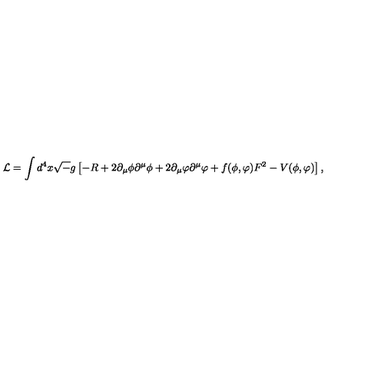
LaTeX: { \cal L } = \int d ^ { 4 } x { \sqrt - g } \left[ - R + 2 \partial _ { \mu } \phi \partial ^ { \mu } \phi + 2 \partial _ { \mu } \varphi \partial ^ { \mu } \varphi + f ( \phi , \varphi ) F ^ { 2 } - V ( \phi , \varphi ) \right] ,